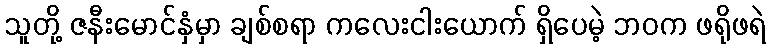
သူတို့ ဇနီးမောင်နှံမှာ ချစ်စရာ ကလေးငါးယောက် ရှိပေမဲ့ ဘဝက ဖရိုဖရဲ